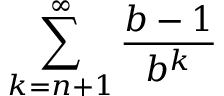
\sum _ { k = n + 1 } ^ { \infty } { \frac { b - 1 } { b ^ { k } } }